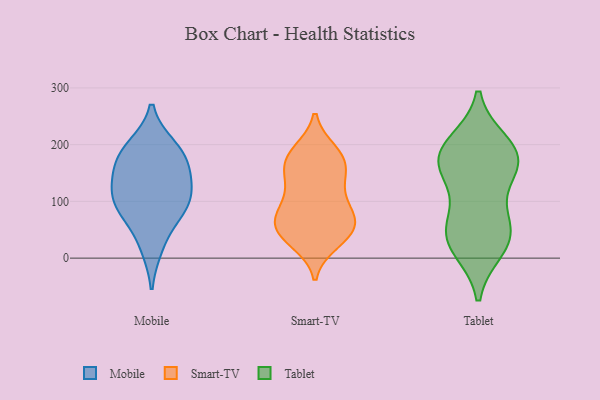
{"axis": {"x": "Demand Index", "y": "Value"}, "legend": ["Mobile", "Smart-TV", "Tablet"], "data": [{"x": "", "y": 196, "type": "Mobile"}, {"x": "", "y": 128, "type": "Mobile"}, {"x": "", "y": 108, "type": "Mobile"}, {"x": "", "y": 162, "type": "Mobile"}, {"x": "", "y": 81, "type": "Mobile"}, {"x": "", "y": 190, "type": "Mobile"}, {"x": "", "y": 79, "type": "Mobile"}, {"x": "", "y": 20, "type": "Mobile"}, {"x": "", "y": 165, "type": "Mobile"}, {"x": "", "y": 111, "type": "Mobile"}, {"x": "", "y": 177, "type": "Smart-TV"}, {"x": "", "y": 34, "type": "Smart-TV"}, {"x": "", "y": 74, "type": "Smart-TV"}, {"x": "", "y": 169, "type": "Smart-TV"}, {"x": "", "y": 98, "type": "Smart-TV"}, {"x": "", "y": 44, "type": "Smart-TV"}, {"x": "", "y": 28, "type": "Smart-TV"}, {"x": "", "y": 71, "type": "Smart-TV"}, {"x": "", "y": 48, "type": "Smart-TV"}, {"x": "", "y": 132, "type": "Smart-TV"}, {"x": "", "y": 188, "type": "Smart-TV"}, {"x": "", "y": 186, "type": "Smart-TV"}, {"x": "", "y": 169, "type": "Smart-TV"}, {"x": "", "y": 72, "type": "Smart-TV"}, {"x": "", "y": 141, "type": "Smart-TV"}, {"x": "", "y": 95, "type": "Smart-TV"}, {"x": "", "y": 140, "type": "Smart-TV"}, {"x": "", "y": 65, "type": "Smart-TV"}, {"x": "", "y": 44, "type": "Smart-TV"}, {"x": "", "y": 39, "type": "Tablet"}, {"x": "", "y": 200, "type": "Tablet"}, {"x": "", "y": 19, "type": "Tablet"}, {"x": "", "y": 159, "type": "Tablet"}, {"x": "", "y": 37, "type": "Tablet"}, {"x": "", "y": 79, "type": "Tablet"}, {"x": "", "y": 188, "type": "Tablet"}, {"x": "", "y": 167, "type": "Tablet"}, {"x": "", "y": 160, "type": "Tablet"}, {"x": "", "y": 180, "type": "Tablet"}, {"x": "", "y": 44, "type": "Tablet"}]}